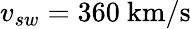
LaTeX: v_{sw}=360~\mathrm{km/s}